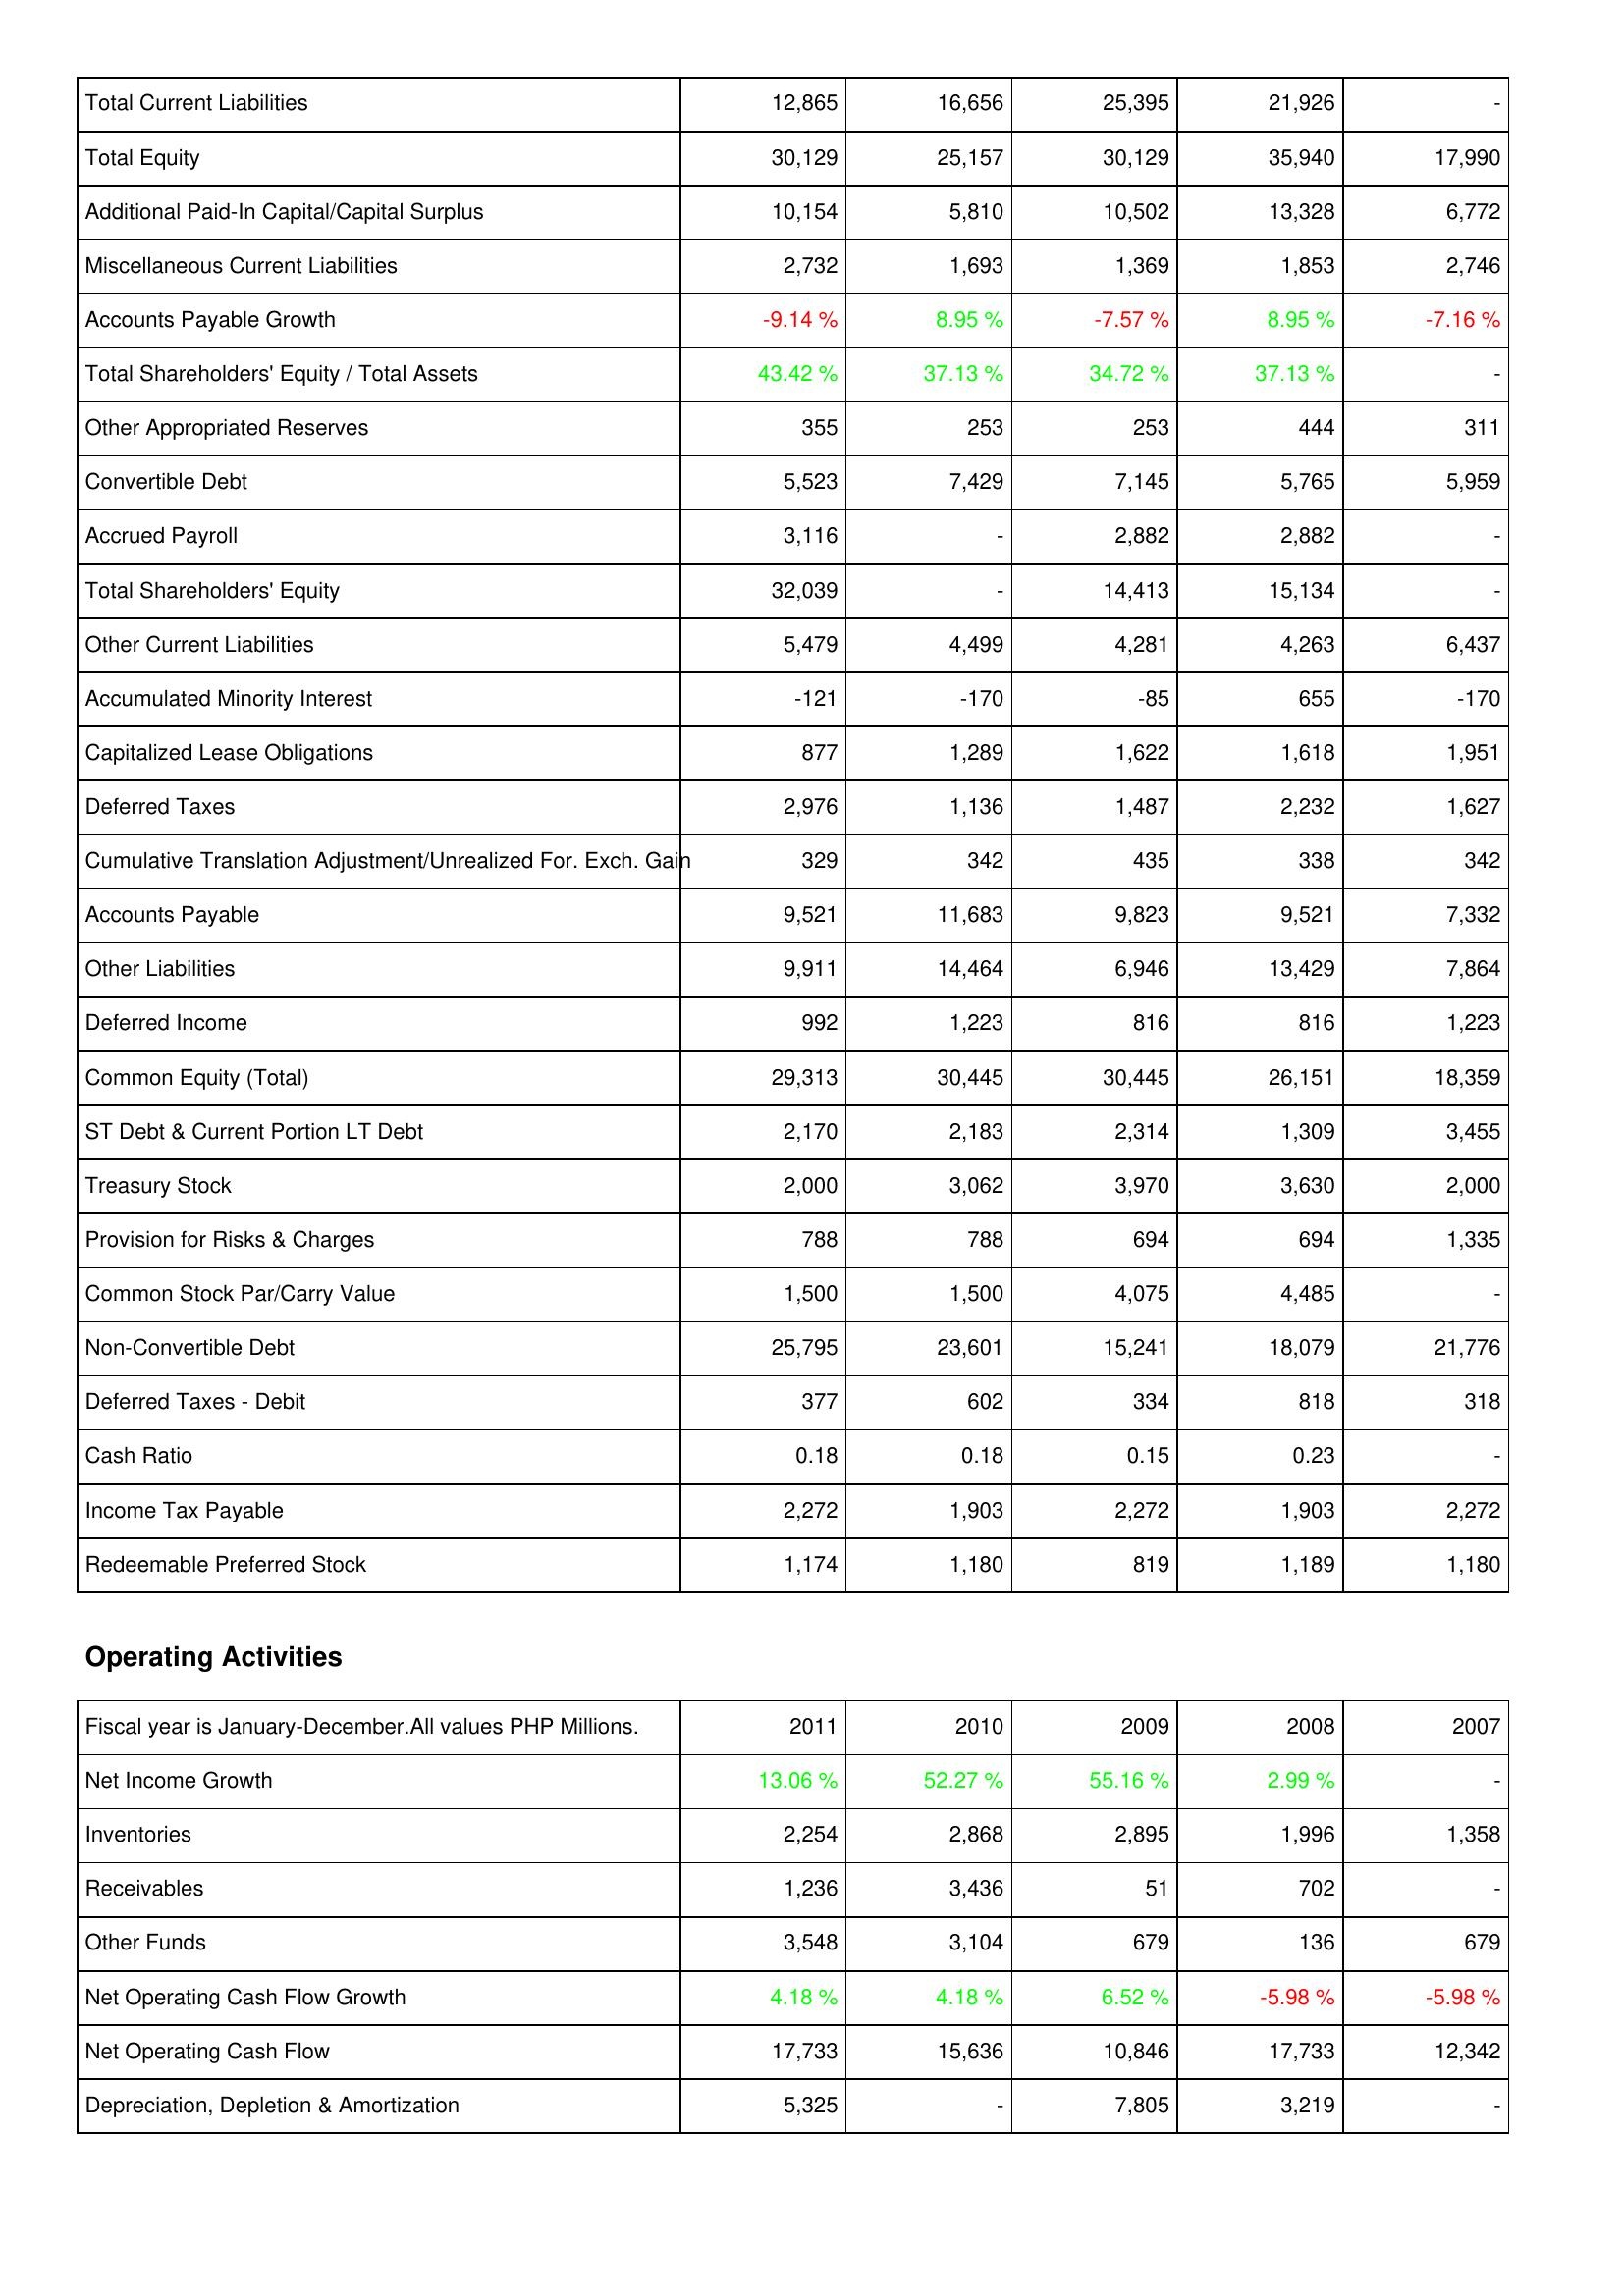
2011: Liabilities & Shareholders' Equity: Total Current Liabilities: 12,865
Total Equity: 30,129
Additional Paid-In Capital/Capital Surplus: 10,154
Miscellaneous Current Liabilities: 2,732
Accounts Payable Growth: -9.14 %
Total Shareholders' Equity / Total Assets: 43.42 %
Other Appropriated Reserves: 355
Convertible Debt: 5,523
Accrued Payroll: 3,116
Total Shareholders' Equity: 32,039
Other Current Liabilities: 5,479
Accumulated Minority Interest: -121
Capitalized Lease Obligations: 877
Deferred Taxes: 2,976
Cumulative Translation Adjustment/Unrealized For. Exch. Gain: 329
Accounts Payable: 9,521
Other Liabilities: 9,911
Deferred Income: 992
Common Equity (Total): 29,313
ST Debt & Current Portion LT Debt: 2,170
Treasury Stock: 2,000
Provision for Risks & Charges: 788
Common Stock Par/Carry Value: 1,500
Non-Convertible Debt: 25,795
Deferred Taxes - Debit: 377
Cash Ratio: 0.18
Income Tax Payable: 2,272
Redeemable Preferred Stock: 1,174
Operating Activities: Net Income Growth: 13.06 %
Inventories: 2,254
Receivables: 1,236
Other Funds: 3,548
Net Operating Cash Flow Growth: 4.18 %
Net Operating Cash Flow: 17,733
Depreciation, Depletion & Amortization: 5,325
2010: Liabilities & Shareholders' Equity: Total Current Liabilities: 16,656
Total Equity: 25,157
Additional Paid-In Capital/Capital Surplus: 5,810
Miscellaneous Current Liabilities: 1,693
Accounts Payable Growth: 8.95 %
Total Shareholders' Equity / Total Assets: 37.13 %
Other Appropriated Reserves: 253
Convertible Debt: 7,429
Accrued Payroll: -
Total Shareholders' Equity: -
Other Current Liabilities: 4,499
Accumulated Minority Interest: -170
Capitalized Lease Obligations: 1,289
Deferred Taxes: 1,136
Cumulative Translation Adjustment/Unrealized For. Exch. Gain: 342
Accounts Payable: 11,683
Other Liabilities: 14,464
Deferred Income: 1,223
Common Equity (Total): 30,445
ST Debt & Current Portion LT Debt: 2,183
Treasury Stock: 3,062
Provision for Risks & Charges: 788
Common Stock Par/Carry Value: 1,500
Non-Convertible Debt: 23,601
Deferred Taxes - Debit: 602
Cash Ratio: 0.18
Income Tax Payable: 1,903
Redeemable Preferred Stock: 1,180
Operating Activities: Net Income Growth: 52.27 %
Inventories: 2,868
Receivables: 3,436
Other Funds: 3,104
Net Operating Cash Flow Growth: 4.18 %
Net Operating Cash Flow: 15,636
Depreciation, Depletion & Amortization: -
2009: Liabilities & Shareholders' Equity: Total Current Liabilities: 25,395
Total Equity: 30,129
Additional Paid-In Capital/Capital Surplus: 10,502
Miscellaneous Current Liabilities: 1,369
Accounts Payable Growth: -7.57 %
Total Shareholders' Equity / Total Assets: 34.72 %
Other Appropriated Reserves: 253
Convertible Debt: 7,145
Accrued Payroll: 2,882
Total Shareholders' Equity: 14,413
Other Current Liabilities: 4,281
Accumulated Minority Interest: -85
Capitalized Lease Obligations: 1,622
Deferred Taxes: 1,487
Cumulative Translation Adjustment/Unrealized For. Exch. Gain: 435
Accounts Payable: 9,823
Other Liabilities: 6,946
Deferred Income: 816
Common Equity (Total): 30,445
ST Debt & Current Portion LT Debt: 2,314
Treasury Stock: 3,970
Provision for Risks & Charges: 694
Common Stock Par/Carry Value: 4,075
Non-Convertible Debt: 15,241
Deferred Taxes - Debit: 334
Cash Ratio: 0.15
Income Tax Payable: 2,272
Redeemable Preferred Stock: 819
Operating Activities: Net Income Growth: 55.16 %
Inventories: 2,895
Receivables: 51
Other Funds: 679
Net Operating Cash Flow Growth: 6.52 %
Net Operating Cash Flow: 10,846
Depreciation, Depletion & Amortization: 7,805
2008: Liabilities & Shareholders' Equity: Total Current Liabilities: 21,926
Total Equity: 35,940
Additional Paid-In Capital/Capital Surplus: 13,328
Miscellaneous Current Liabilities: 1,853
Accounts Payable Growth: 8.95 %
Total Shareholders' Equity / Total Assets: 37.13 %
Other Appropriated Reserves: 444
Convertible Debt: 5,765
Accrued Payroll: 2,882
Total Shareholders' Equity: 15,134
Other Current Liabilities: 4,263
Accumulated Minority Interest: 655
Capitalized Lease Obligations: 1,618
Deferred Taxes: 2,232
Cumulative Translation Adjustment/Unrealized For. Exch. Gain: 338
Accounts Payable: 9,521
Other Liabilities: 13,429
Deferred Income: 816
Common Equity (Total): 26,151
ST Debt & Current Portion LT Debt: 1,309
Treasury Stock: 3,630
Provision for Risks & Charges: 694
Common Stock Par/Carry Value: 4,485
Non-Convertible Debt: 18,079
Deferred Taxes - Debit: 818
Cash Ratio: 0.23
Income Tax Payable: 1,903
Redeemable Preferred Stock: 1,189
Operating Activities: Net Income Growth: 2.99 %
Inventories: 1,996
Receivables: 702
Other Funds: 136
Net Operating Cash Flow Growth: -5.98 %
Net Operating Cash Flow: 17,733
Depreciation, Depletion & Amortization: 3,219
2007: Liabilities & Shareholders' Equity: Total Current Liabilities: -
Total Equity: 17,990
Additional Paid-In Capital/Capital Surplus: 6,772
Miscellaneous Current Liabilities: 2,746
Accounts Payable Growth: -7.16 %
Total Shareholders' Equity / Total Assets: -
Other Appropriated Reserves: 311
Convertible Debt: 5,959
Accrued Payroll: -
Total Shareholders' Equity: -
Other Current Liabilities: 6,437
Accumulated Minority Interest: -170
Capitalized Lease Obligations: 1,951
Deferred Taxes: 1,627
Cumulative Translation Adjustment/Unrealized For. Exch. Gain: 342
Accounts Payable: 7,332
Other Liabilities: 7,864
Deferred Income: 1,223
Common Equity (Total): 18,359
ST Debt & Current Portion LT Debt: 3,455
Treasury Stock: 2,000
Provision for Risks & Charges: 1,335
Common Stock Par/Carry Value: -
Non-Convertible Debt: 21,776
Deferred Taxes - Debit: 318
Cash Ratio: -
Income Tax Payable: 2,272
Redeemable Preferred Stock: 1,180
Operating Activities: Net Income Growth: -
Inventories: 1,358
Receivables: -
Other Funds: 679
Net Operating Cash Flow Growth: -5.98 %
Net Operating Cash Flow: 12,342
Depreciation, Depletion & Amortization: -